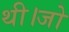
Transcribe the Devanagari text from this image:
थी।जो